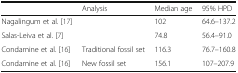
<table><thead><tr><td></td><td><b>Analysis</b></td><td><b>Median age</b></td><td><b>95% HPD</b></td></tr></thead><tbody><tr><td>Nagalingum et al. [17]</td><td></td><td>102</td><td>64.6–137.2</td></tr><tr><td>Salas-Leiva et al. [7]</td><td></td><td>74.8</td><td>56.4–91.0</td></tr><tr><td>Condamine et al. [16]</td><td>Traditional fossil set</td><td>116.3</td><td>76.7–160.8</td></tr><tr><td>Condamine et al. [16]</td><td>New fossil set</td><td>156.1</td><td>107–207.9</td></tr></tbody></table>